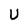
Character: U